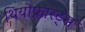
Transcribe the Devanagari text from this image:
थियोफ्रास्ट्स